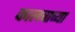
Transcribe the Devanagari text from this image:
कालवाच्या